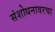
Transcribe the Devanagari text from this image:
संशोधनावरचा